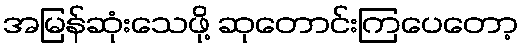
အမြန်ဆုံးသေဖို့ ဆုတောင်းကြပေတော့